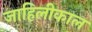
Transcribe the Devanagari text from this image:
जाहिलीकाल